system: You are a helpful assistant.
user:
Analyze the provided spectrum to determine if it is a **Carbon Star (C-type)**.

- **Key Visual Indicators of Carbon Star:**
    - **(Primary):** Strong molecular absorption from **C₂ (diatomic carbon) "Swan Bands."** This is the **defining feature** of a carbon star.
        - **(Key Bandheads):** Sharp absorption edges are visible at approximately $5635$ Å, $5165$ Å (the strongest band), and $4737$ Å.
        - **(Line Profile):** Creates a distinct **"saw-tooth"** pattern. The key morphology is a sharp, steep bandhead on the **red (long-wavelength) side**, which then gradually tapers off (i.e., flux recovers) towards the **blue (short-wavelength) side**. *(This is the direct opposite of the TiO bands seen in M-type stars)*.

    - **(Secondary):** Intense **CN (cyanogen)** molecular absorption bands.
        - **(Key Bandheads):** Located in the blue and violet regions of the spectrum (e.g., near $4215$ Å and $3883$ Å).
        - **(Morphology):** These bands are extremely broad and act as a "blanket," absorbing the vast majority of blue and violet light. This creates a characteristic **"cliff"** or **"steep drop-off"** in the spectrum's flux at short wavelengths.

    - **(Key Confirmation):** Strong **CH absorption band (G-band)**.
        - **(Key Bandhead):** Located around $4300$ Å. The contribution from CH molecules to this band is exceptionally strong.

    - **(Overall Spectrum):**
        - The continuum is severely "chopped up" by these deep molecular bands, especially C₂, rather than appearing as a smooth curve.
        - Due to the heavy CN and C₂ absorption in the blue-green, the vast majority of the star's flux is concentrated in the red part of the spectrum, giving the star its characteristic deep red color.

Think first, call **spectral_visualization_tool** if needed to examine features in detail, then provide your final answer. Your response must adhere to the following strict rules:
1.  **Overall Structure:** Your response must follow the format `<think>...</think> <tool_call>...</tool_call> (if a tool is used) <answer>...</answer>`.
2.  **Tool Usage Constraint:** You may only make **one** tool call per turn.
3.  **Final Answer Format:** In the `<answer>` tag, your conclusion must be inside a `\boxed{}` command (e.g., `\boxed{YES}`), followed by your justification.

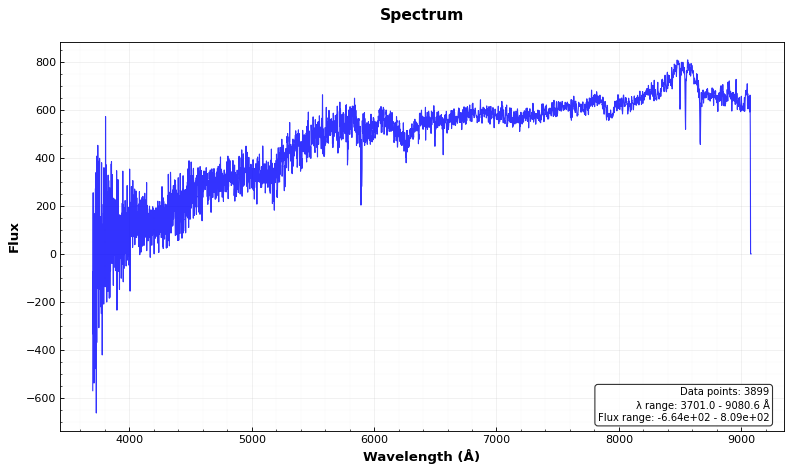
Answer: NO